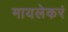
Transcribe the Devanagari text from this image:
मायलेकरं